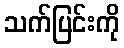
သက်ပြင်းကို